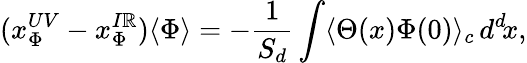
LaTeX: (x_{\Phi}^{UV}-x_{\Phi}^{I\mathbb{R}})\langle\Phi\rangle=-{\frac{{1}}{{S_{d}}}}\int\langle\Theta(x)\Phi(0)\rangle_{c}\, d^{d}\! x,